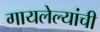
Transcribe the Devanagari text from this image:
गायलेल्यांची